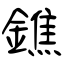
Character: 鐎